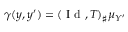
\gamma ( y , y ^ { \prime } ) = ( \mathrm { ~ I ~ d ~ } , T ) _ { \sharp } \mu _ { Y ^ { \prime } }